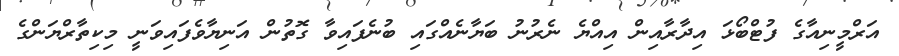
އަރްމީނިއާގެ ފުޓްބޯޅަ އިދާރާއިން އިއްޔެ ނެރުނު ބަޔާނެއްގައި ބުނެފައިވާ ގޮތުން އަނިޔާވެފައިވަނީ މިކިތާރްޔަންގެ